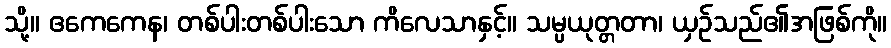
သို့။ ဧကေကေန၊ တစ်ပါးတစ်ပါးသော ကိလေသာနှင့်။ သမ္ပယုတ္တတာ၊ ယှဉ်သည်၏အဖြစ်ကို။